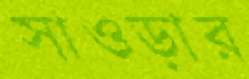
সাওড়ার